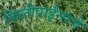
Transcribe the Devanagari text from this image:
फिलीपाईन्सचे